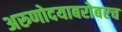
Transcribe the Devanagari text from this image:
अरुणोदयाबरोबरच